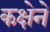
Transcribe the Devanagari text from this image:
कक्षेने